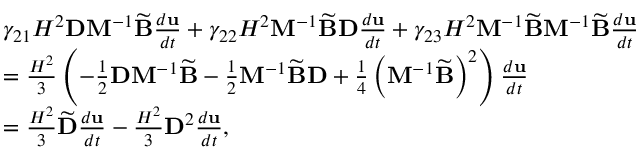
\begin{array} { r l } & { \gamma _ { 2 1 } H ^ { 2 } \mathbf { D } \mathbf { M } ^ { - 1 } \widetilde { \mathbf { B } } \frac { d \mathbf { u } } { d t } + \gamma _ { 2 2 } H ^ { 2 } \mathbf { M } ^ { - 1 } \widetilde { \mathbf { B } } \mathbf { D } \frac { d \mathbf { u } } { d t } + \gamma _ { 2 3 } H ^ { 2 } \mathbf { M } ^ { - 1 } \widetilde { \mathbf { B } } \mathbf { M } ^ { - 1 } \widetilde { \mathbf { B } } \frac { d \mathbf { u } } { d t } } \\ & { = \frac { H ^ { 2 } } { 3 } \left( - \frac { 1 } { 2 } \mathbf { D } \mathbf { M } ^ { - 1 } \widetilde { \mathbf { B } } - \frac { 1 } { 2 } \mathbf { M } ^ { - 1 } \widetilde { \mathbf { B } } \mathbf { D } + \frac { 1 } { 4 } \left( \mathbf { M } ^ { - 1 } \widetilde { \mathbf { B } } \right) ^ { 2 } \right) \frac { d \mathbf { u } } { d t } } \\ & { = \frac { H ^ { 2 } } { 3 } \widetilde { \mathbf { D } } \frac { d \mathbf { u } } { d t } - \frac { H ^ { 2 } } { 3 } \mathbf { D } ^ { 2 } \frac { d \mathbf { u } } { d t } , } \end{array}